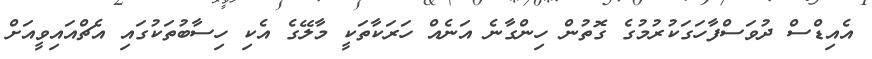
އެއިޑްސް ދުވަސްފާހަގަކުރުމުގެ ގޮތުން ހިންގާނެ އަނެއް ހަރަކާތަކީ މާލޭގެ އެކި ހިސާބުތަކުގައި އެޗްއައިވީއަށް